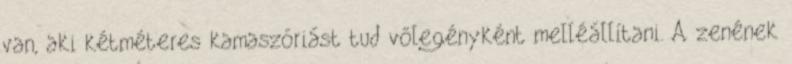
van, aki kétméteres kamaszóriást tud vőlegényként melléállítani. A zenének